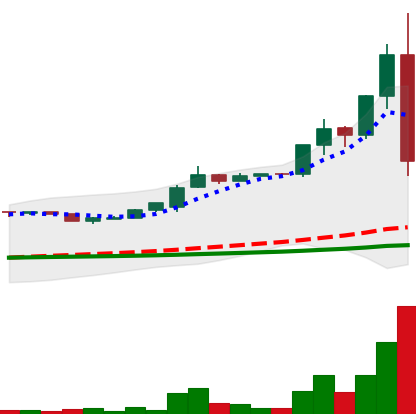
Ticker: LTC-USD
Chart end date: 2015-07-10
Forward return: -6.462%
Label: down_5_7